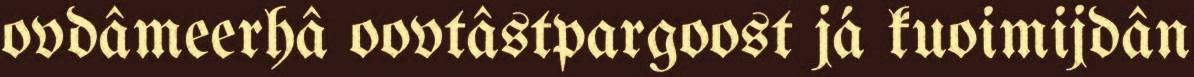
ovdâmeerhâ oovtâstpargoost já kuoimijdân